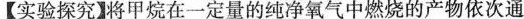
【实验探究】将甲烷在一定量的纯净氧气中燃烧的产物依次通